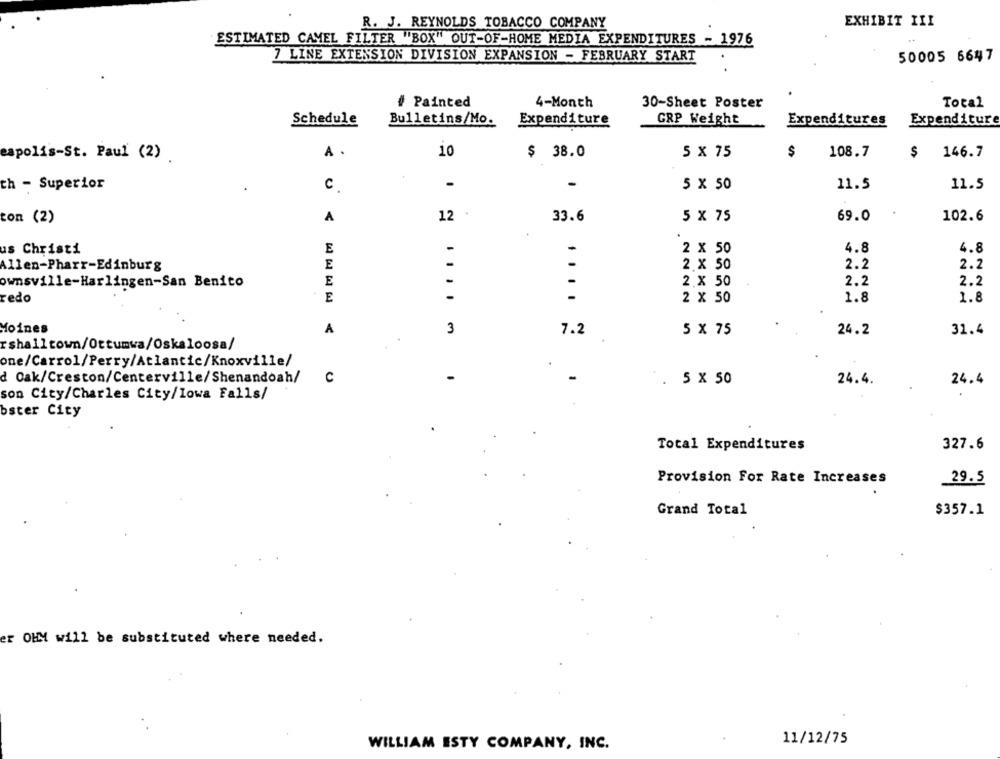
EXHIBIT III
R. J. REYNOLDS TOBACCO COMPANY
ESTIMATED CAMEL FILTER "BOX" OUT-OF-HOME MEDIA EXPENDITURES - 1976
7 LINE EXTENSION DIVISION EXPANSION - FEBRUARY START
50005 6647
# Painted
4-Month
30-Sheet Poster
Total
Schedule
Bulletins/Mo.
Expenditure
GRP Weight
Expenditures
Expenditure
A .
10
$ 38.0
5 x 75
$
108.7
146.7
eapolis-St. Paul (2)
$
.
ch - Superior
C
5 x 50
11.5
11.5
.
ton (2)
A
12
33.6
5 x 75
69.0
102.6
us Christi
E
-
2 × 50
4.8
4.8
E
2 x 50
2.2
2.2
Allen-Pharr-Edinburg
-
2 × 50
2.2
2.2
ownsville-Harlingen-San Benito
E
-
redo
E
-
2 × 50
1.8
1.8
Moines
A
3
7.2
5 x 75
24.2
31.4
rshalltown/Ottumwa/Oskaloosa/
.
one/Carrol/Perry/Atlantic/Knoxville/
.
d Cak/Creston/Centerville/Shenandoah/
C
-
5 X 50
24.4
24.4.
son City/Charles City/Iowa Falls/
bster City
Total Expenditures
327.6
Provision For Rate Increases
29.5
Grand Total
$357.1
er OHM will be substituted where needed.
11/12/75
WILLIAM ESTY COMPANY, INC.